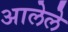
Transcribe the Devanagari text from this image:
अालेले